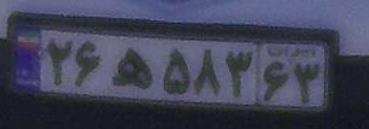
۲۶ه۵۸۳۶۳